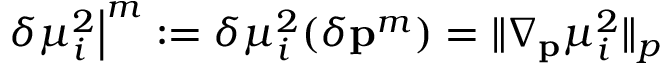
\left. \delta \mu _ { i } ^ { 2 } \right| ^ { m } : = \delta \mu _ { i } ^ { 2 } ( \delta \mathbf { p } ^ { m } ) = \| \nabla _ { \mathbf { p } } \mu _ { i } ^ { 2 } \| _ { p }